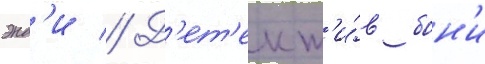
энд'и // Д'ет'ект'и́в бон'и